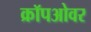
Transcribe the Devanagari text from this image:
क्रॉपओवर